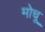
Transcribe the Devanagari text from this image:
मोचू